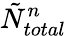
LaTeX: \tilde{N}_{total}^{n}